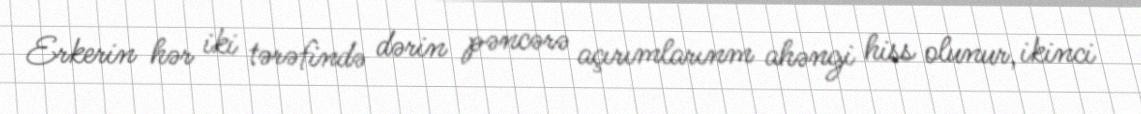
Erkerin hər iki tərəfində dərin pəncərə açırımlarınm ahəngi hiss olunur, ikinci